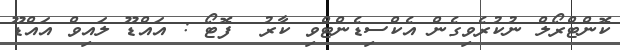
ކޮންޓްރޯލް ނުކުރެވިގެން އެކްސިޑެންޓްވި ކާރު  ފޮޓޯ : އައްޑޫ ލައިވް އައްޑޫ